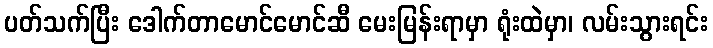
ပတ်သက်ပြီး ဒေါက်တာမောင်မောင်ဆီ မေးမြန်းရာမှာ ရုံးထဲမှာ၊ လမ်းသွားရင်း